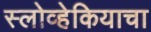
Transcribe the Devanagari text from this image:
स्लोव्हेकियाचा